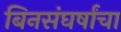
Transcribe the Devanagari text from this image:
बिनसंघर्षांचा